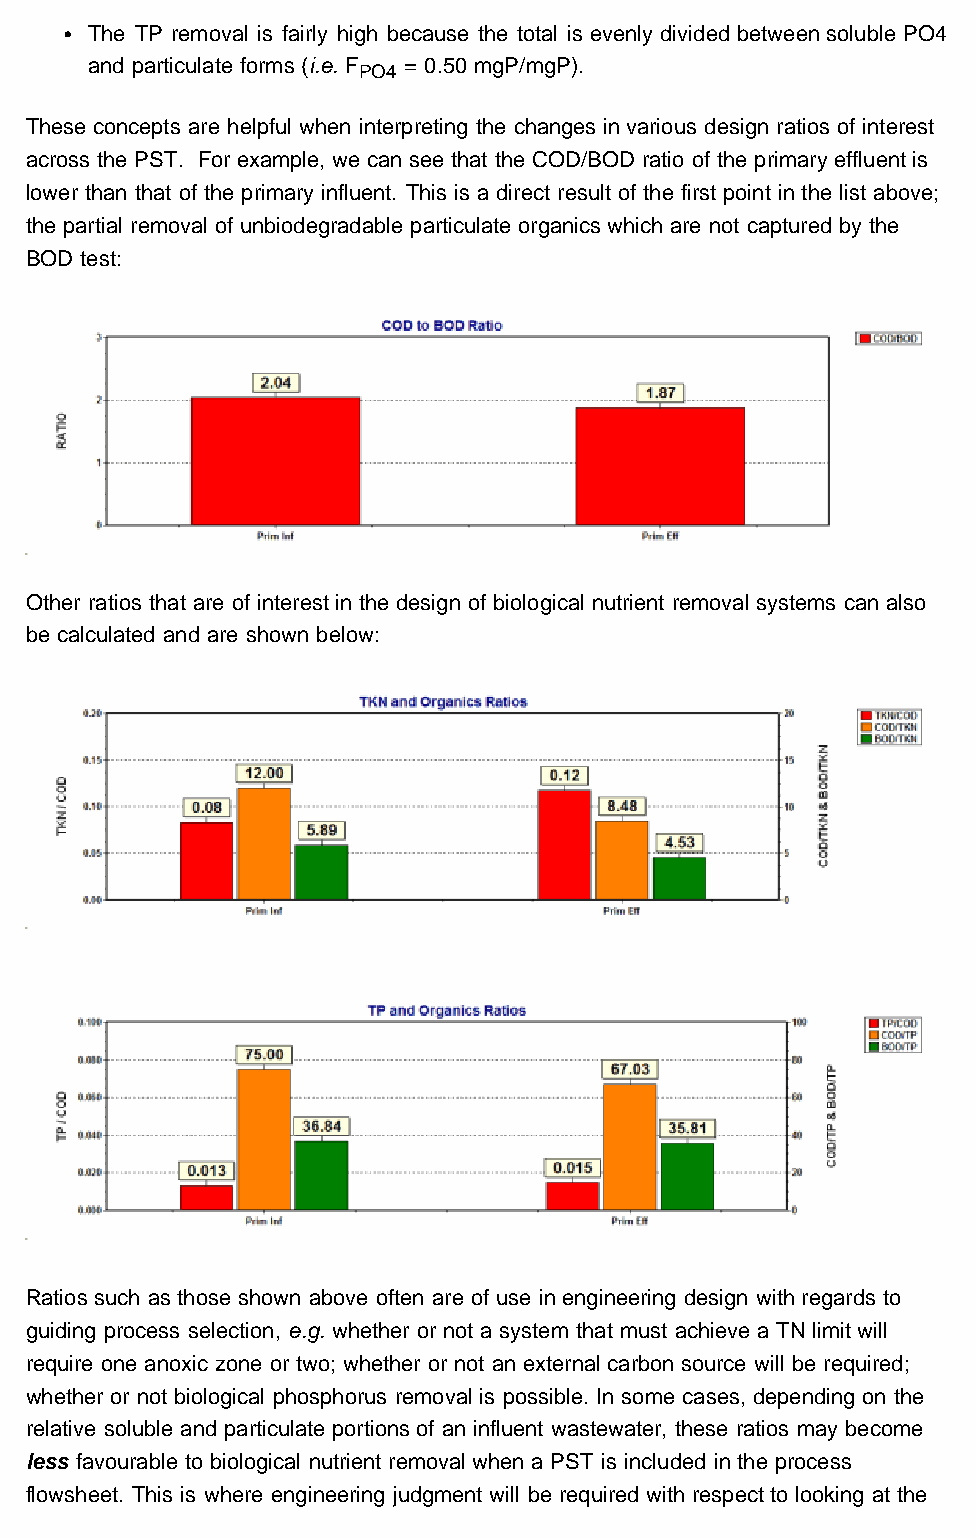
The BioWin Advantage
 The TP removal is fairly high because the total is evenly divided between soluble PO4
 and particulate forms (i.e. F = 0.50 mgP/mgP).
 PO4
 These concepts are helpful when interpreting the changes in various design ratios of interest
 across the PST. For example, we can see that the COD/BOD ratio of the primary effluent is
 lower than that of the primary influent. This is a direct result of the first point in the list above;
 the partial removal of unbiodegradable particulate organics which are not captured by the
 BOD test:
 Other ratios that are of interest in the design of biological nutrient removal systems can also
 be calculated and are shown below:
 Ratios such as those shown above often are of use in engineering design with regards to
 guiding process selection, e.g. whether or not a system that must achieve a TN limit will
 require one anoxic zone or two; whether or not an external carbon source will be required;
 whether or not biological phosphorus removal is possible. In some cases, depending on the
 relative soluble and particulate portions of an influent wastewater, these ratios may become
 less favourable to biological nutrient removal when a PST is included in the process
 flowsheet. This is where engineering judgment will be required with respect to looking at the
 http://us2.campaign-archive1.com/?u=fe20f7a27093b494aa30c4ba6&id=006345251b&e=[UNIQID][27/04/2012 9:38:34 AM]